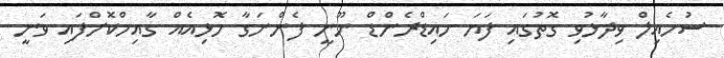
ސުހެއިލް ވިދާޅުވި ގޮތުގައި ފަޔަ ހައިޑްރެންޑް ނޫނީ ފެންނަގާ ހޮޅިއެއް ގާއިމްކޮށްފައި ވަނީ